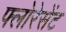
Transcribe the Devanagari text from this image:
फ्लोरेसेंट